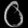
Digit: ၀